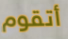
أتقوم